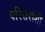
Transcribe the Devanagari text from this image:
परिसरांशी